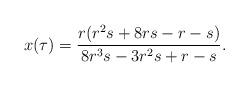
LaTeX: \begin{align*} x(\tau)&=\frac{r(r^{2}s + 8rs- r - s)}{8r^{3}s-3r^{2}s +r-s}.\end{align*}